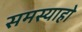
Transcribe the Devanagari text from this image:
समस्याहो